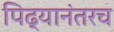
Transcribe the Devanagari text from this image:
पिढ्यानंतरच